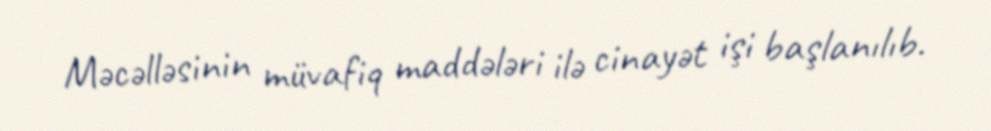
Məcəlləsinin müvafiq maddələri ilə cinayət işi başlanılıb.